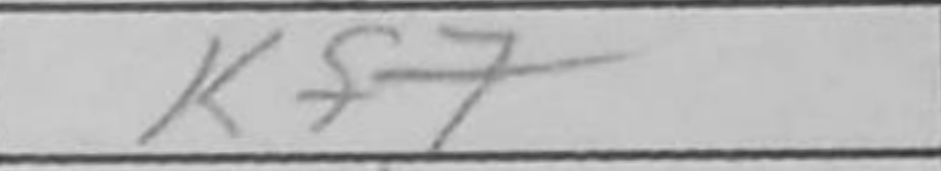
Transcription: Kf7